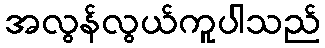
အလွန်လွယ်ကူပါသည်